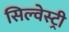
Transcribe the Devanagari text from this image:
सिल्वेस्ट्री